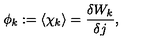
\phi _ { k } : = \langle \chi _ { k } \rangle = \frac { \delta W _ { k } } { \delta j } ,